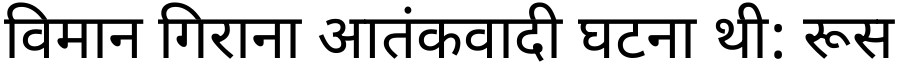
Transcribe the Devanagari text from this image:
विमान गिराना आतंकवादी घटना थी: रूस